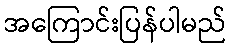
အကြောင်းပြန်ပါမည်